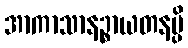
အာကာသာနဉ္စာယတနမ္ပိ